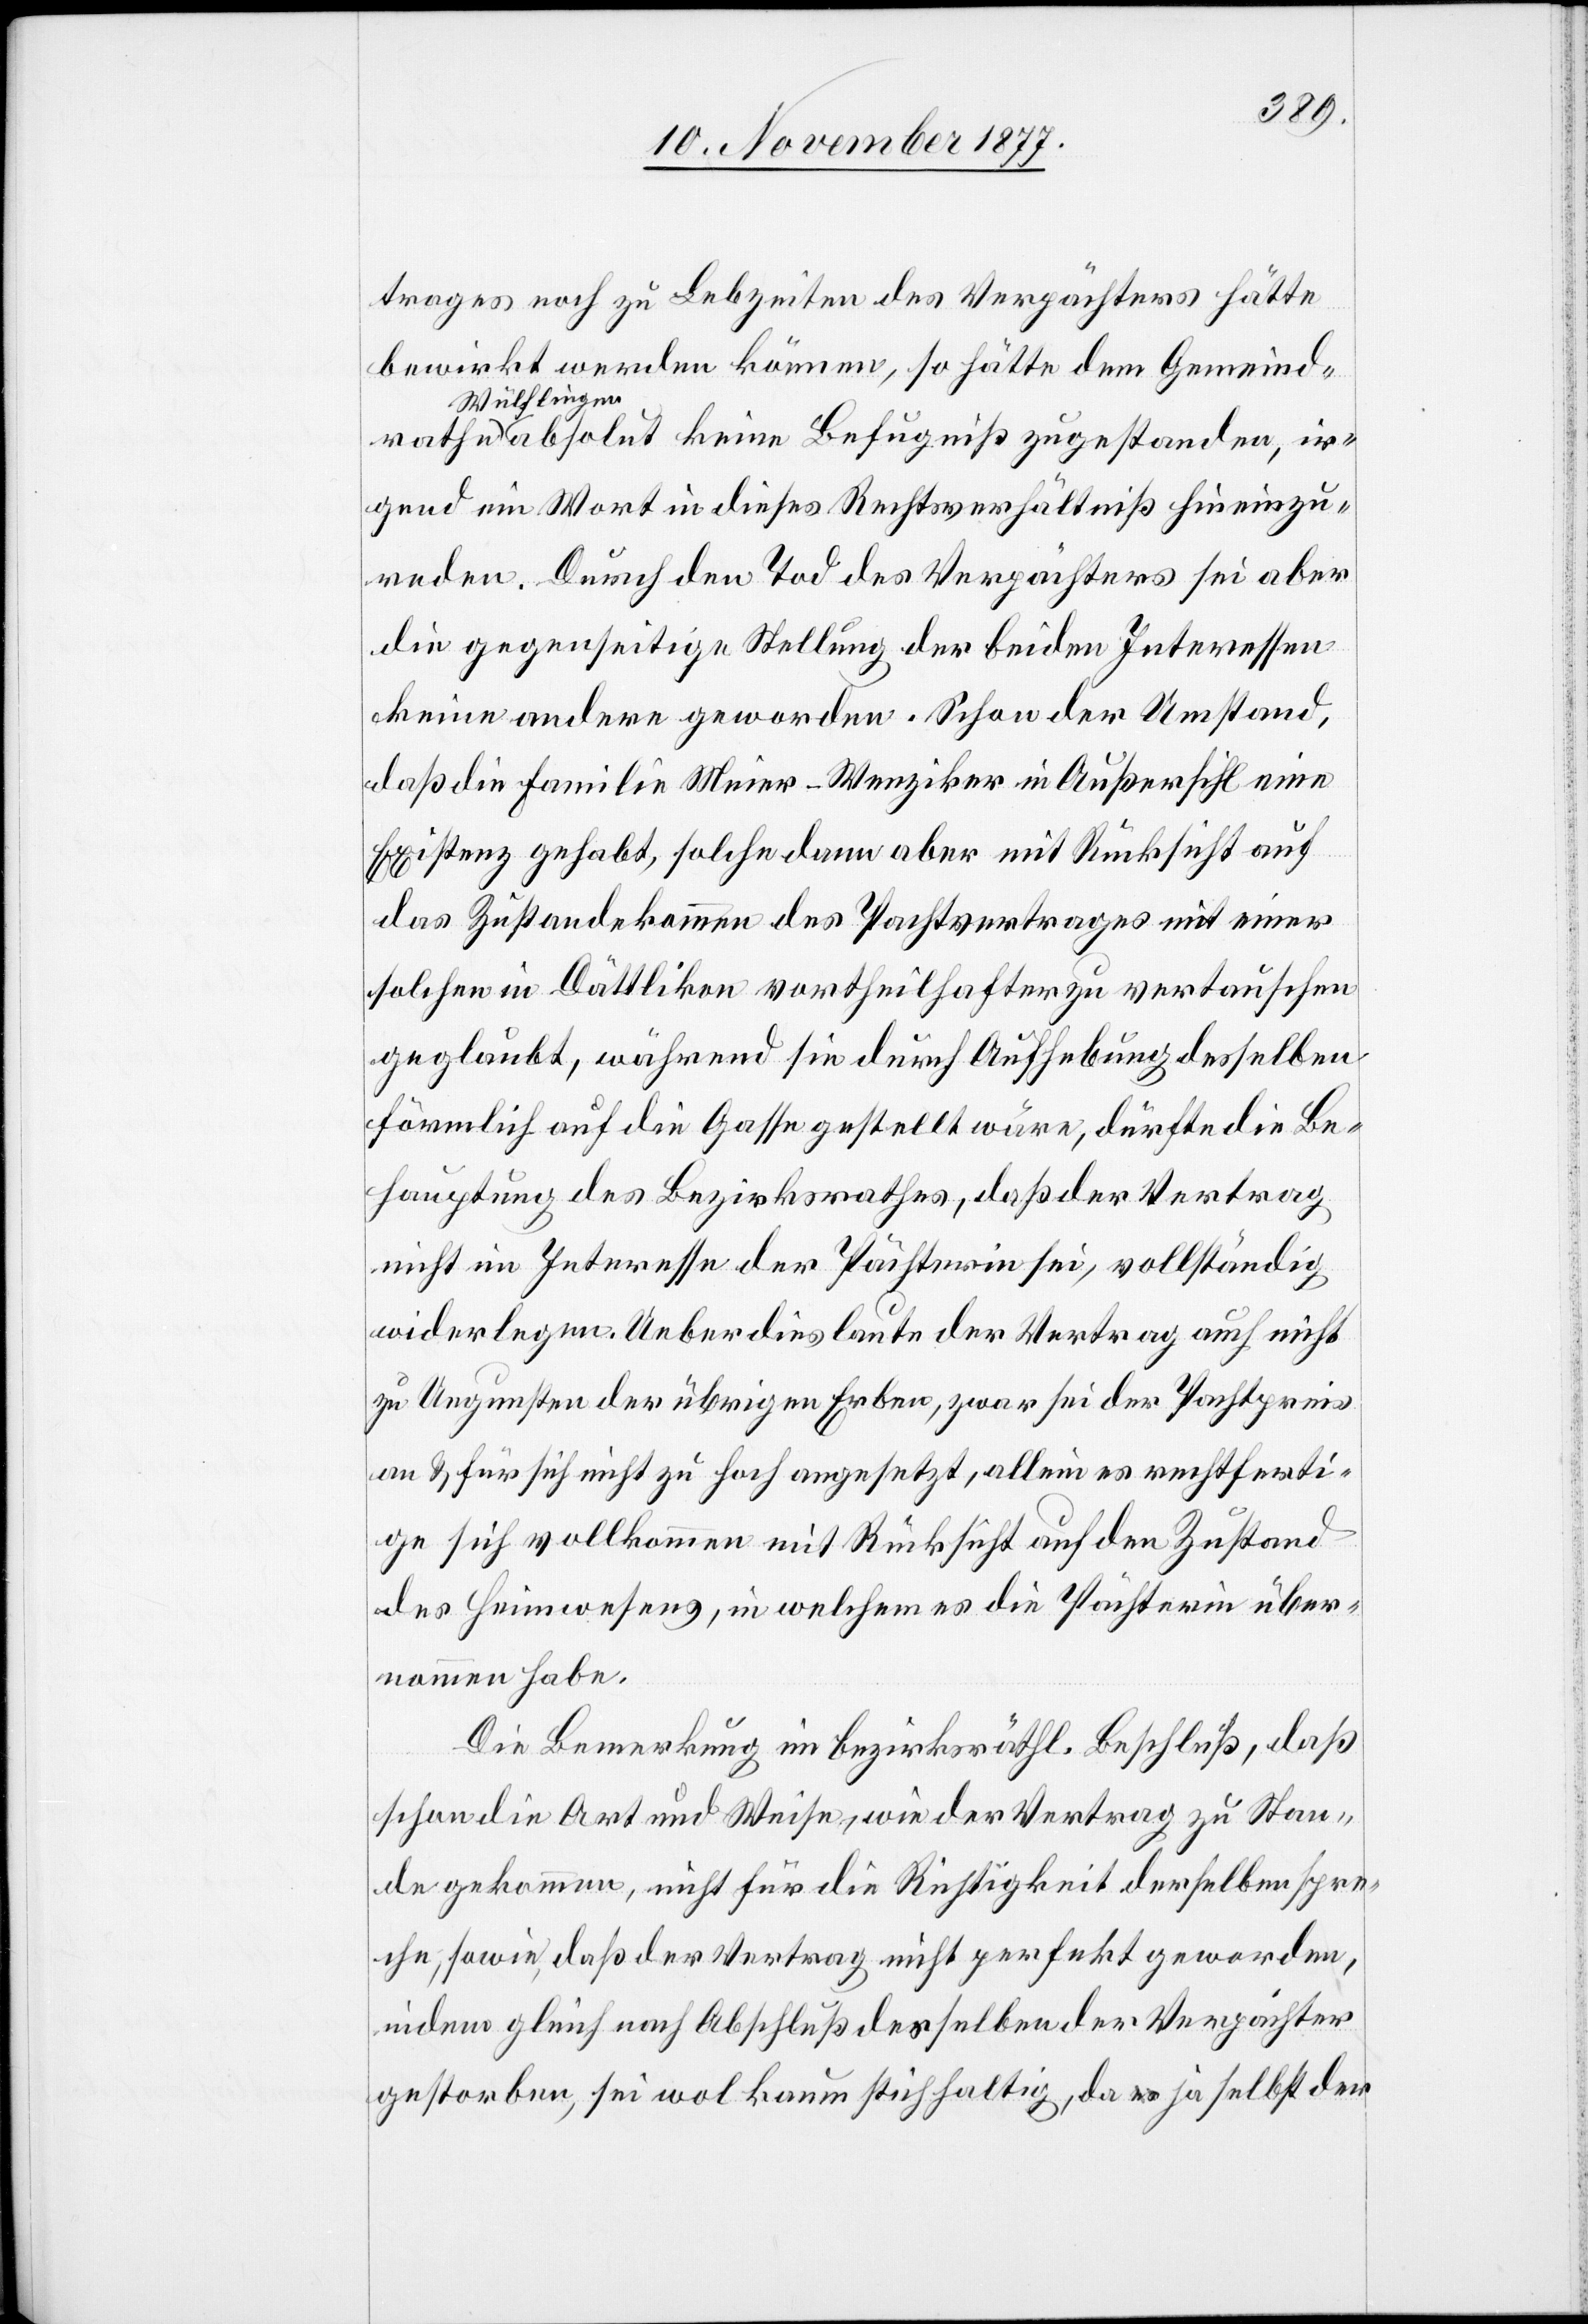
rathe
trages noch zu Lebzeiten des Verpächters hätte
bewirkt werden können, so hätte dem Gemeind¬
Wülflingen
absolut keine Befugniß zugestanden, ir¬
gend ein Wort in dieses Rechtsverhältniß hineinzu¬
reden. Durch den Tod des Verpächters sei aber
die gegenseitige Stellung der beiden Interessen
keine andere geworden. Schon der Umstand,
daß die Familie Meier-Wenziker in Außersihl eine
Existenz gehabt, solche dann aber mit Rücksicht auf
das Zustandekommen des Pachtvertrages mit einer
solchen in Dättlikon vortheilhafter zu vertauschen
geglaubt, während sie durch Aufhebung desselben
förmlich auf die Gasse gestellt wäre, dürfte die Be¬
hauptung des Bezirksrathes, daß der Vertrag
nicht im Interesse der Pächterin sei, vollständig
widerlegen. Ueberdies laute der Vertrag auch nicht
zu Ungunsten der übrigen Erben, zwar sei der Pachtpreis
an & für sich nicht zu hoch angesetzt, allein es rechtferti¬
ge sich vollkommen mit Rücksicht auf den Zustand
des Heimwesens, in welchem es die Pächterin über¬
nommen habe.
Die Bemerkung im bezirksräthl. Beschluß, daß
schon die Art und Weise, wie der Vertrag zu Stan¬
de gekommen, nicht für die Richtigkeit derselben spre¬
che, sowie, daß der Vertrag nicht perfekt geworden,
indem gleich nach Abschluß desselben der Verpächter
gestorben, sei wol kaum stichhaltig, da a-es-a ja selbst der